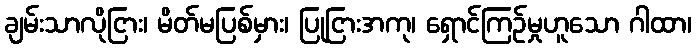
ချမ်းသာလိုငြား၊ မိတ်မပြစ်မှား၊ ပြုငြားအကု၊ ရှောင်ကြဉ်မှုဟူသော ဂါထာ၊